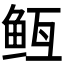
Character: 𬶊